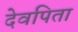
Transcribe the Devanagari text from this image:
देवपिता